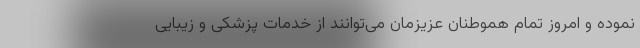
نموده و امروز تمام هموطنان عزیزمان می‌توانند از خدمات پزشکی و زیبایی